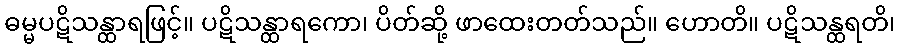
ဓမ္မပဋိသန္ထာရဖြင့်။ ပဋိသန္ထာရကော၊ ပိတ်ဆို့ ဖာထေးတတ်သည်။ ဟောတိ။ ပဋိသန္ထရတိ၊